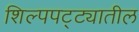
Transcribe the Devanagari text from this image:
शिल्पपट्ट्यातील